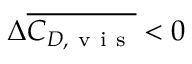
\Delta \overline { { C _ { D , \mathrm { ~ v ~ i ~ s ~ } } } } < 0